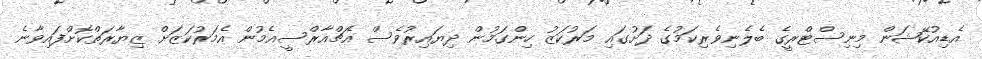
އެޑިއުކޭޝަން މިނިސްޓްރީގެ ބެލެނިވެރިކަމުގެ ދަށުގައި މަރުކަޒު ހިންގަމުން ދިޔައިރުވެސް އެޗްއާރްސީއެމުން އެމަރުކަޒަށް ޒިޔާރަތްކޮށްފައިވާނެ